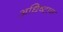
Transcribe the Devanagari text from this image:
अधिष्टान